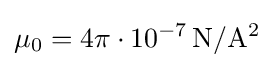
\mu _{0}=4\pi \cdot 10^{-7}\,\mathrm {N} /\mathrm {A} ^{2}